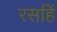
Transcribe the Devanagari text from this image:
रसहिं